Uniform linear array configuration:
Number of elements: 4
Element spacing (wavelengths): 0.25
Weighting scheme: uniform
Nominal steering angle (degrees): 45
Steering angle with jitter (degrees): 44.454
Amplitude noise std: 0.05
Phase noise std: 0.05

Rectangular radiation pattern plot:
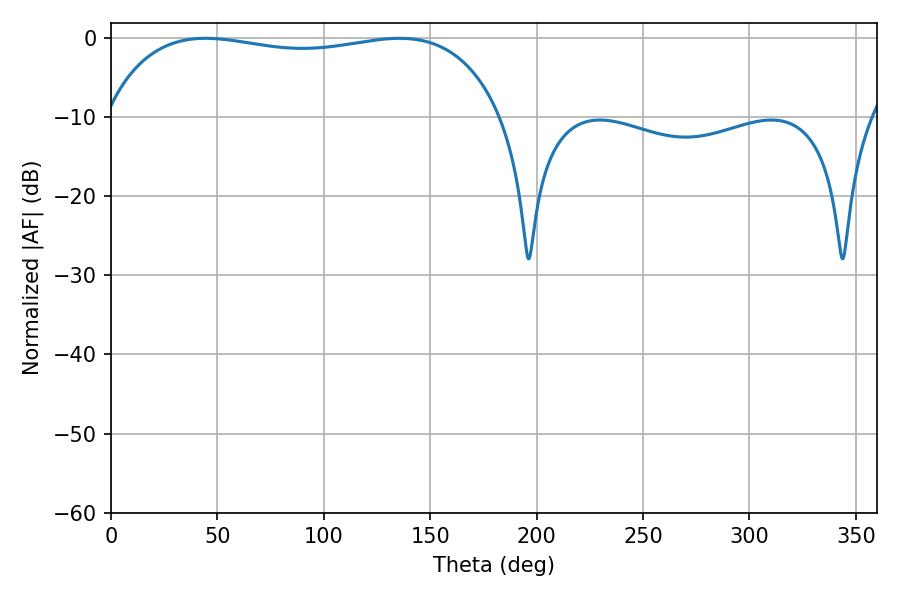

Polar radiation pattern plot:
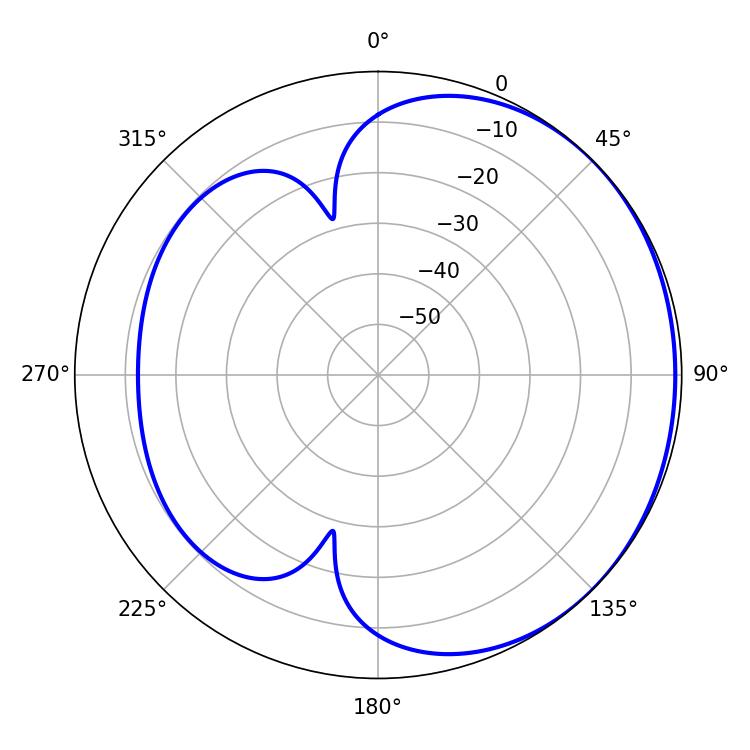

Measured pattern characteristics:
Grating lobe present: FALSE
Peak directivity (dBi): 1.1
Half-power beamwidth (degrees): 150.84
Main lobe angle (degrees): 44.46